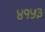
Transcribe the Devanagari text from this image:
४१५३